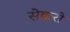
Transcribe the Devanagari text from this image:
सेकरो